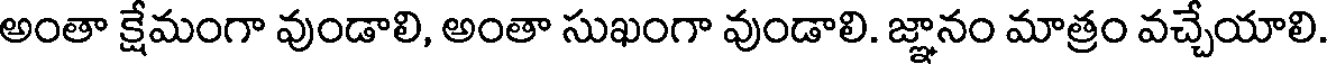
అంతా క్షేమంగా వుండాలి, అంతా సుఖంగా వుండాలి. జ్ఞానం మాత్రం వచ్చేయాలి.